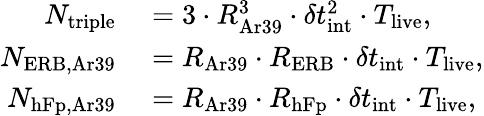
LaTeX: \begin{array}{rl}{N_{\mathrm{triple}}}&{{}=3\cdot R_{\mathrm{Ar39}}^{3}\cdot\delta t_{\mathrm{int}}^{2}\cdot T_{\mathrm{live}},}\\ {N_{\mathrm{ERB,Ar39}}}&{{}=R_{\mathrm{Ar39}}\cdot R_{\mathrm{ERB}}\cdot\delta t_{\mathrm{int}}\cdot T_{\mathrm{live}},}\\ {N_{\mathrm{hFp,Ar39}}}&{{}=R_{\mathrm{Ar39}}\cdot R_{\mathrm{hFp}}\cdot\delta t_{\mathrm{int}}\cdot T_{\mathrm{live}},}\end{array}